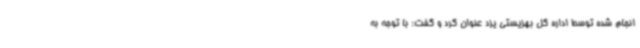
انجام شده توسط اداره کل بهزیستی یزد عنوان کرد و گفت:‌ با توجه به